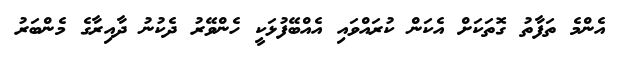
އެންމެ ތަފާތު ގޮތަކަށް އެކަން ކުރައްވައި އެއްބޭފުޅަކީ ހެންވޭރު ދެކުނު ދާއިރާގެ މެންބަރު